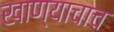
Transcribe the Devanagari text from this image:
खाण्याचाच